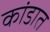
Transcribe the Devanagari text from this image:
कांडात